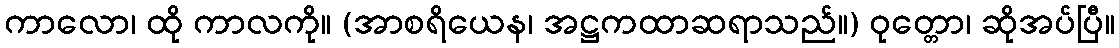
ကာလော၊ ထို ကာလကို။ (အာစရိယေန၊ အဋ္ဌကထာဆရာသည်။) ဝုတ္တော၊ ဆိုအပ်ပြီ။